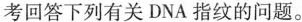
考回答下列有关DNA指纹的问题。